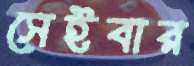
সেইবার